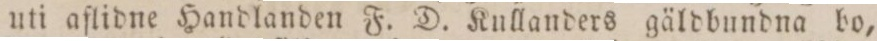
uti aflidne Handlanden F. D. Kullanders gäldbundna bo,